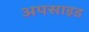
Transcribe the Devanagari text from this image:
अपसाइड